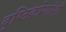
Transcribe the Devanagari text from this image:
दृष्टिकोणांशी